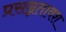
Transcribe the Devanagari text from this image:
प्रसन्नतावश